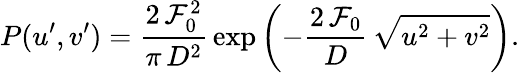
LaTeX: P(u^{\prime},v^{\prime})=\frac{2\, \mathcal{F}_{0}^{2}}{\pi\, D^{2}}\, \exp{\left(-\frac{2\, \mathcal{F}_{0}}{D}\, \sqrt{u^{2}+v^{2}}\right)}.